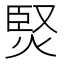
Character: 㷂